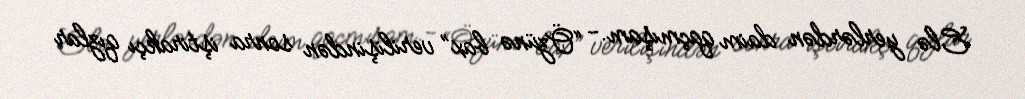
Elə yerlərdən daim qaçmışam.- “Özünə bax” verilişindən sonra iştirakçı qızlar